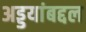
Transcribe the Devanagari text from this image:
अड्डयांबद्दल